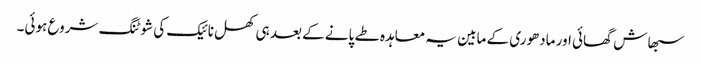
سبھاش گھائی اور مادھوری کے مابین یہ معاہدہ طے پانے کے بعد ہی کھل نائیک کی شوٹنگ شروع ہوئی۔